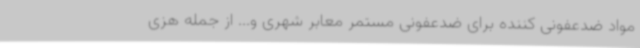
مواد ضدعفونی کننده برای ضدعفونی مستمر معابر شهری و... از جمله هزی